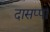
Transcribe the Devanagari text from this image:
दासप्पा